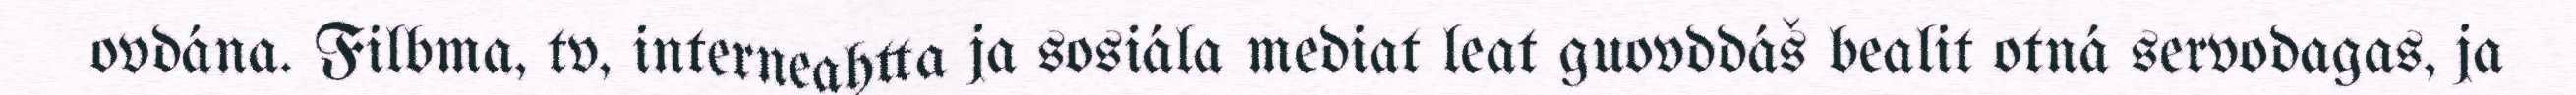
ovdána. Filbma, tv, interneahtta ja sosiála mediat leat guovddáš bealit otná servodagas, ja